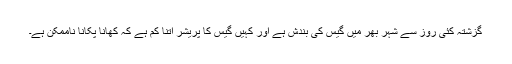
گزشتہ کئی روز سے شہر بھر میں گیس کی بندش ہے اور کہیں گیس کا پریشر اتنا کم ہے کہ کھانا پکانا ناممکن ہے۔